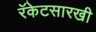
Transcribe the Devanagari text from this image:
रॅकेटसारखी